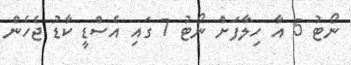
ނޯޓު 5 އާ ހިލާފަށް ނޯޓު 7 ގައި އެސްޑީ ކާޑު ޖެހެން